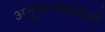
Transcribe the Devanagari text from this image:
अनुष्ठानकर्ताओं